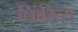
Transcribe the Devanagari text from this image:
लिबेरेत्स